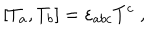
[ T _ { a } , T _ { b } ] = \varepsilon _ { a b c } T ^ { c } \; ,